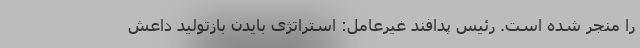
را منجر شده است. رئیس پدافند غیرعامل: استراتژی بایدن بازتولید داعش